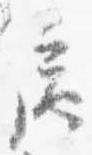
扈